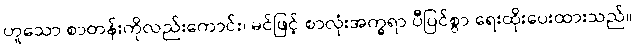
ဟူသော စာတန်းကိုလည်းကောင်း၊ မင်ဖြင့် စာလုံးအက္ခရာ ပီပြင်စွာ ရေးထိုးပေးထားသည်။